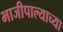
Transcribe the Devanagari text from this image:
भाजीपाल्याच्या